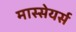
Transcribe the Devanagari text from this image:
मास्सेयर्स